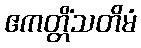
ဧကတ္တိံသတိမံ